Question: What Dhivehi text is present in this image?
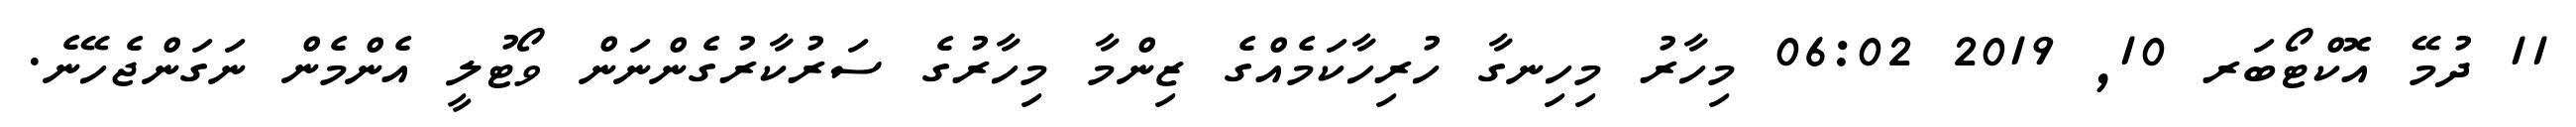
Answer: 11 ދުމޭ އޮކްޓޯބަރ 10, 2019 06:02 މިހާރު މިހިނގާ ހުރިހާކަމެއްގެ ޒިންމާ މިހާރުގެ ސަރުކާރުގެންނަން ވޯޓުލީ އެންމެން ނަގަންޖެހޭނެ.